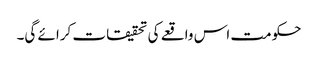
حکومت اس واقعے کی تحقیقات کرائے گی۔